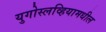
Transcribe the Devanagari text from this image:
युगोस्लव्हियामधील